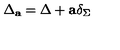
\Delta _ { \bf a } = \Delta + { \bf a } \delta _ { \Sigma }